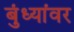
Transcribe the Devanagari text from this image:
बुंध्यांवर